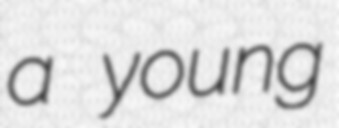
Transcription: a young